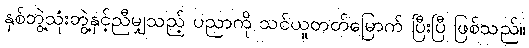
နှစ်ဘွဲ့သုံးဘွဲ့နှင့်ညီမျှသည့် ပညာကို သင်ယူတတ်မြောက် ပြီးပြီ ဖြစ်သည်။